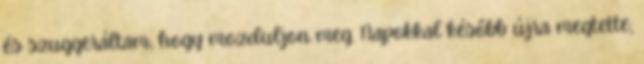
és szuggeráltam, hogy mozduljon meg. Napokkal később újra megtette,